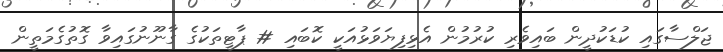
ޖަލްސާގައި ކުޑަކުދީން ބައިވެރި ކުރުމުން އެޅިފިޔަވަޅުއަކީ ކޮބައި # ޕާޓީތަކުގެ ގާނޫނުގައިވާ ގޮތުގެމަތީން